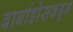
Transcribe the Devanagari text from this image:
बार्बाडोसकडून